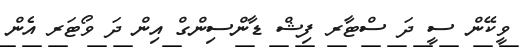
ވީކޭން ސީ ދަ ސްޓާރ ފިޝް ޑާންސިންގް އިން ދަ ވޯޓަރ އެން